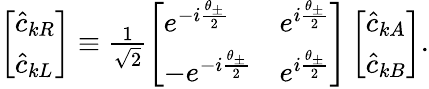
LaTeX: \begin{array}{r}{\left[\begin{array}{l}{\hat{c}_{kR}}\\ {\hat{c}_{kL}}\end{array}\right]\equiv\frac{1}{\sqrt{2}}\left[\begin{array}{ll}{e^{-i\frac{\theta_{\pm}}{2}}}&{e^{i\frac{\theta_{\pm}}{2}}}\\ {-e^{-i\frac{\theta_{\pm}}{2}}}&{e^{i\frac{\theta_{\pm}}{2}}}\end{array}\right]\left[\begin{array}{l}{\hat{c}_{kA}}\\ {\hat{c}_{kB}}\end{array}\right].}\end{array}